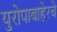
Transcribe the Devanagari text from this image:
युरोपाबाहेरचे